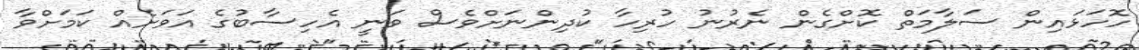
ހޮހަޅައިން ސަލާމަތް ކޮށްގެން ނެރުނު ހުރިހާ ކުދިންނަށްވެސް ވަނީ އެހިސާބުގެ އަވަށެއް ކަމަށްވާ